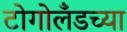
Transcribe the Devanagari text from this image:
टोगोलँडच्या